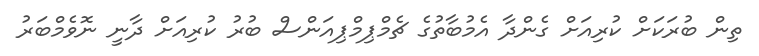
ތިން ބުރަކަށް ކުރިއަށް ގެންދާ އެމުބާތުގެ ޗެމްޕިމްޕިއަންސް ބުރު ކުރިއަށް ދާނީ ނޮވެމްބަރު